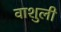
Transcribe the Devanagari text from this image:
वाशुली